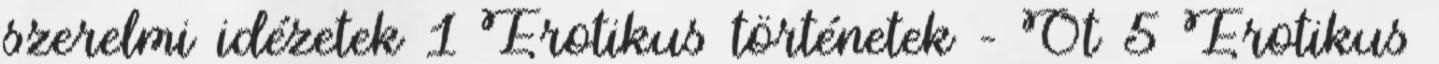
szerelmi idézetek 1 Erotikus történetek – Öt 5 Erotikus